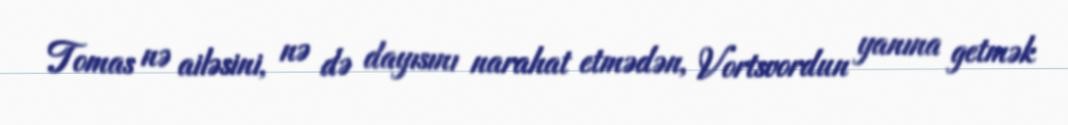
Tomas nə ailəsini, nə də dayısını narahat etmədən, Vortsvordun yanına getmək